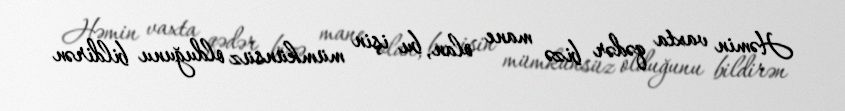
Həmin vaxta qədər bizə mane olan, bu işin mümkünsüz olduğunu bildirən